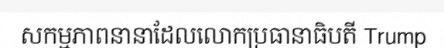
សកម្មភាពនានាដែលលោកប្រធានាធិបតី Trump